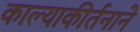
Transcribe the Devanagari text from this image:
काल्याकीर्तनाने